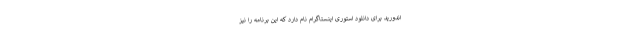
اندورید برای دانلود استوری اینستاگرام نام دارد که این برنامه را نیز